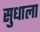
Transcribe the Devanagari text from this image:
सुधाला